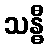
သန္ဓီ